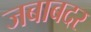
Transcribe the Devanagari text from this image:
जबाबदर